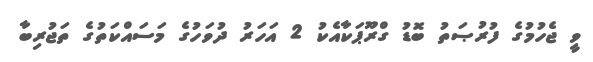
ވީ ޖެހުމުގެ ފުރުޞަތު ބޮޑު ގްރޫޕަކާއެކު 2 އަހަރު ދުވަހުގެ މަސައްކަތުގެ ތަޖުރިބާ